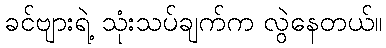
ခင်ဗျားရဲ့ သုံးသပ်ချက်က လွဲနေတယ်။